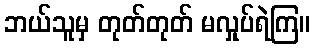
ဘယ်သူမှ တုတ်တုတ် မလှုပ်ရဲကြ။